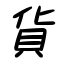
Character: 貨